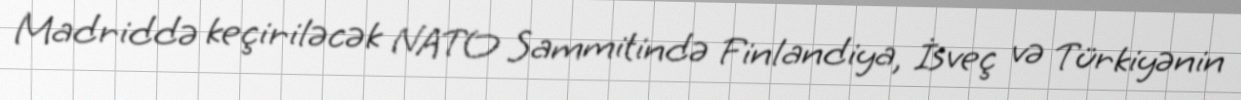
Madriddə keçiriləcək NATO Sammitində Finlandiya, İsveç və Türkiyənin